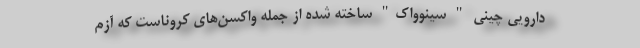
دارویی چینی " سینوواک" ساخته شده از جمله واکسن‌های کروناست که آزم